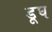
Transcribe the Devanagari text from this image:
डूघ